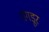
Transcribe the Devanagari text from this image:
तगडूर